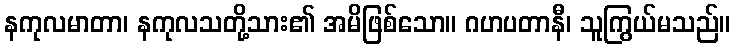
နကုလမာတာ၊ နကုလသတို့သား၏ အမိဖြစ်သော။ ဂဟပတာနီ၊ သူကြွယ်မသည်။